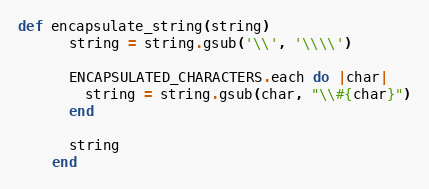
Language: Ruby
def encapsulate_string(string)
      string = string.gsub('\\', '\\\\')

      ENCAPSULATED_CHARACTERS.each do |char|
        string = string.gsub(char, "\\#{char}")
      end

      string
    end